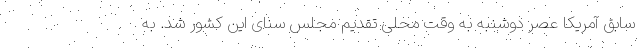
سابق آمریکا عصر دوشنبه به وقت محلی تقدیم مجلس سنای این کشور شد. به